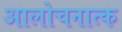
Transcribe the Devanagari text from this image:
आलोचनात्‍क